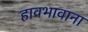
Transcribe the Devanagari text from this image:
हावभावाना